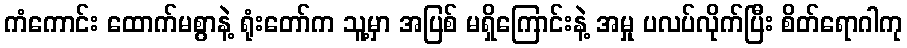
ကံကောင်း ထောက်မစွာနဲ့ ရုံးတော်က သူ့မှာ အပြစ် မရှိကြောင်းနဲ့ အမှု ပလပ်လိုက်ပြီး စိတ်ရောဂါကု